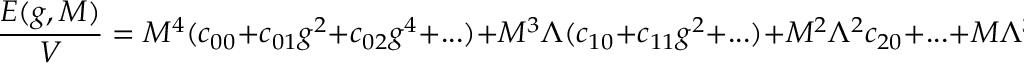
\frac { { \cal E } ( g , M ) } { V } = M ^ { 4 } ( c _ { 0 0 } + c _ { 0 1 } g ^ { 2 } + c _ { 0 2 } g ^ { 4 } + . . . ) + M ^ { 3 } \Lambda ( c _ { 1 0 } + c _ { 1 1 } g ^ { 2 } + . . . ) + M ^ { 2 } \Lambda ^ { 2 } c _ { 2 0 } + . . . + M \Lambda ^ { 3 } c _ { 3 0 } + . . .